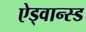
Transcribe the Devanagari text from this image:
ऐड्वान्स्ड